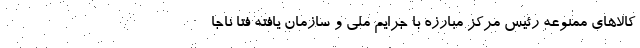
کالاهای ممنوعه رئیس مرکز مبارزه با جرایم ملی و سازمان یافته فتا ناجا